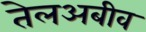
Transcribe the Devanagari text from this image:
तेलअबीव